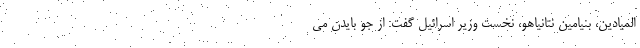
المیادین، بنیامین نتانیاهو، نخست وزیر اسرائیل گفت: از جو بایدن می